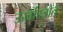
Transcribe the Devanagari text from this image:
ऊर्जास्त्रोत